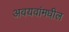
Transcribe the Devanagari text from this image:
अवयवांमधील